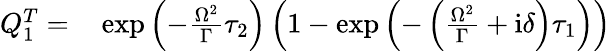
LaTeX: \begin{array}{rl}{Q_{1}^{T}=}&{{}\exp\left(-\frac{\Omega^{2}}{\Gamma}\tau_{2}\right)\left(1-\exp\left(-\left(\frac{\Omega^{2}}{\Gamma}+\mathrm{i}\delta\right)\tau_{1}\right)\right)}\end{array}